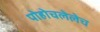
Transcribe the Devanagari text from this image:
पोहोचलेलेच